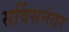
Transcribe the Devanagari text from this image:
सर्विसनंतर